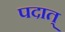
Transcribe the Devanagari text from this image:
पदात्